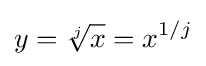
y={\sqrt[{j}]{x}}=x^{1/j}